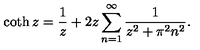
\coth z = \frac { 1 } { z } + 2 z \sum _ { n = 1 } ^ { \infty } \frac { 1 } { z ^ { 2 } + \pi ^ { 2 } n ^ { 2 } } { . }